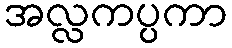
အလ္လကပ္ပကာ